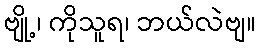
ဗျို့၊ ကိုသူရ၊ ဘယ်လဲဗျ။